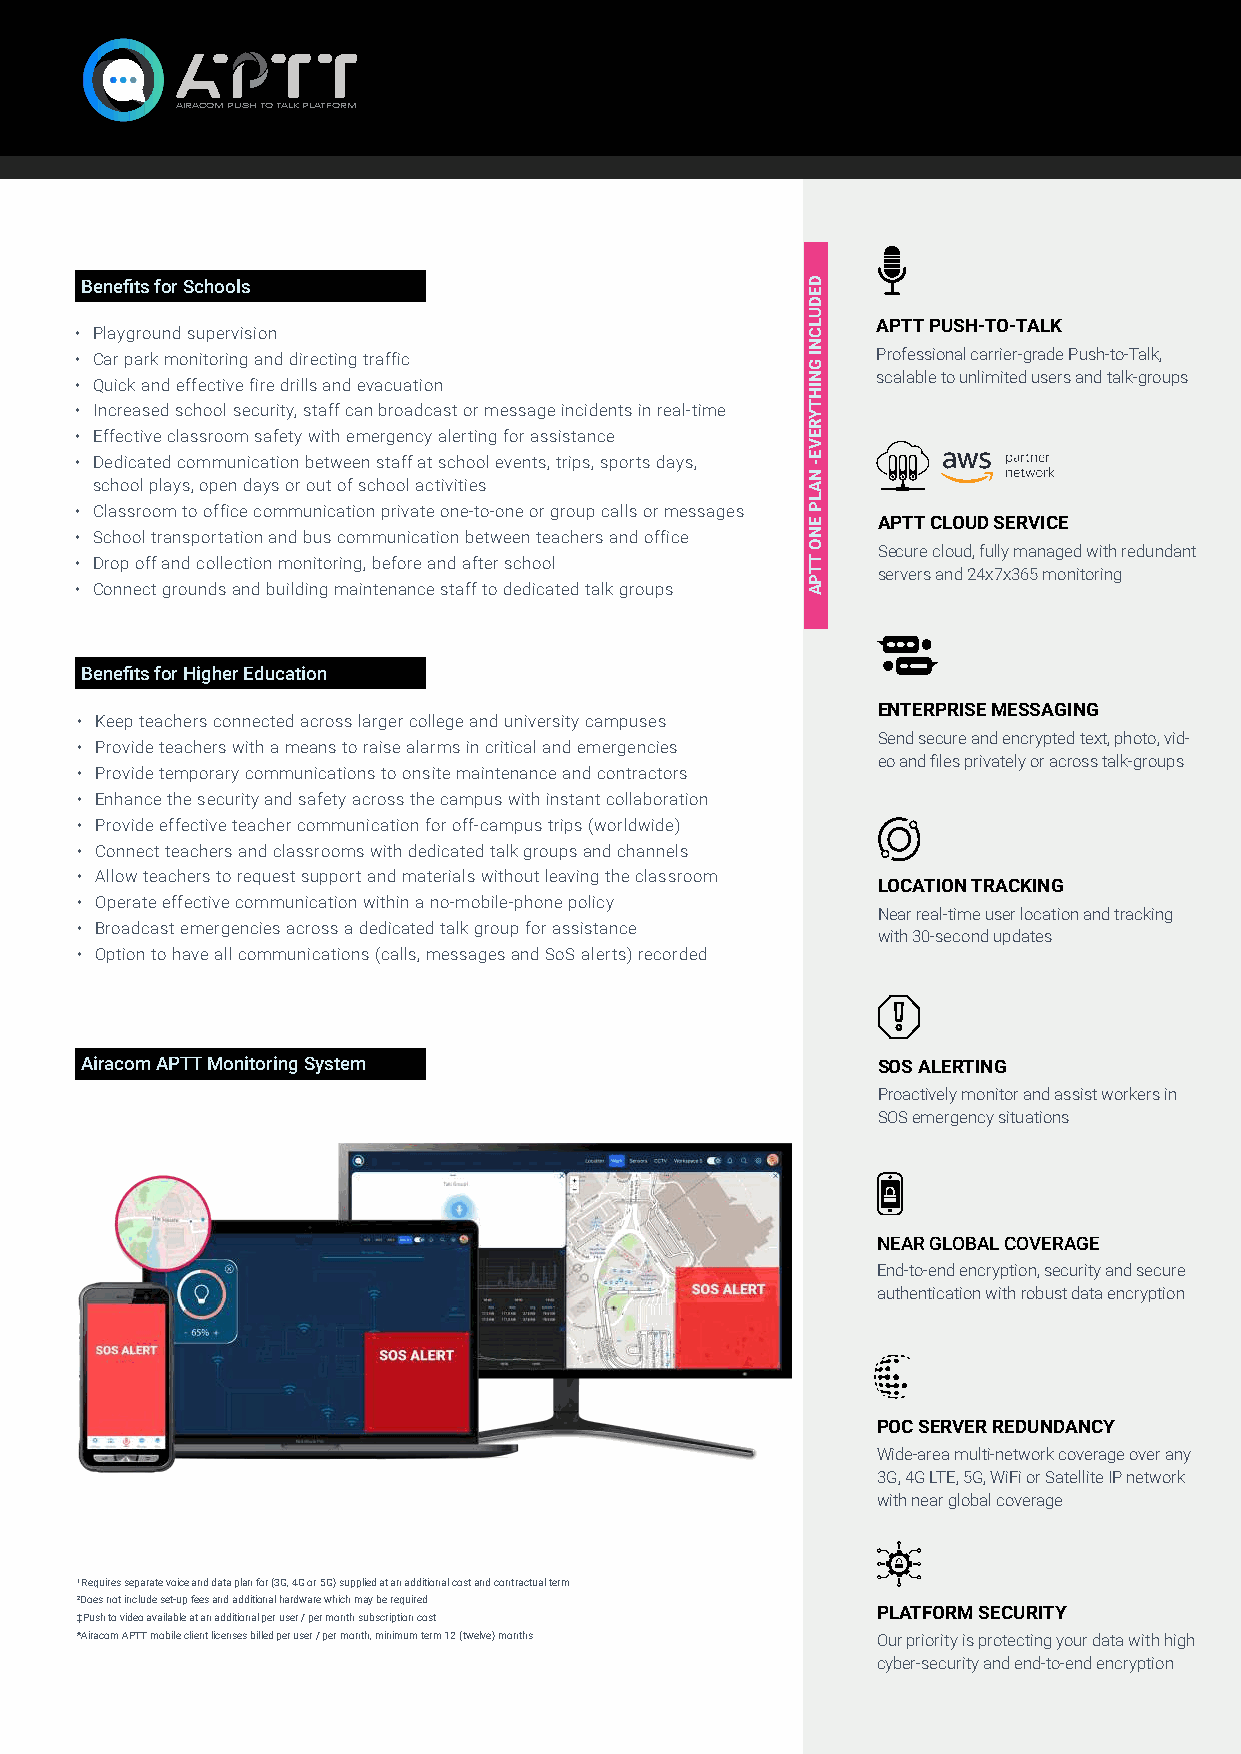
AIRACOM PUSH TO TALK PLATFORM
 Benefits for Schools
 APTT PUSH-TO-TALK
 • Playground supervision
 • Car park monitoring and directing traffic          Professional carrier-grade Push-to-Talk,
 scalable to unlimited users and talk-groups
 • Quick and effective fire drills and evacuation
 • Increased school security, staff can broadcast or message incidents in real-time
 • Effective classroom safety with emergency alerting for assistance
 • Dedicated communication between staff at school events, trips, sports days,
 school plays, open days or out of school activities
 • Classroom to office communication private one-to-one or group calls or messages
 APTT CLOUD SERVICE
 • School transportation and bus communication between teachers and office
 Secure cloud, fully managed with redundant
 • Drop off and collection monitoring, before and after school
 servers and 24x7x365 monitoring
 • Connect grounds and building maintenance staff to dedicated talk groups
 Benefits for Higher Education
 ENTERPRISE MESSAGING
 • Keep teachers connected across larger college and university campuses
 Send secure and encrypted text, photo, vid-
 • Provide teachers with a means to raise alarms in critical and emergencies
 eo and files privately or across talk-groups
 • Provide temporary communications to onsite maintenance and contractors
 • Enhance the security and safety across the campus with instant collaboration
 • Provide effective teacher communication for off-campus trips (worldwide)
 • Connect teachers and classrooms with dedicated talk groups and channels
 • Allow teachers to request support and materials without leaving the classroom
 LOCATION TRACKING
 • Operate effective communication within a no-mobile-phone policy
 Near real-time user location and tracking
 • Broadcast emergencies across a dedicated talk group for assistance
 with 30-second updates
 • Option to have all communications (calls, messages and SoS alerts) recorded
 Airacom APTT Monitoring System                       SOS ALERTING
 Proactively monitor and assist workers in
 SOS emergency situations
 NEAR GLOBAL COVERAGE
 End-to-end encryption, security and secure
 authentication with robust data encryption
 POC SERVER REDUNDANCY
 Wide-area multi-network coverage over any
 3G, 4G LTE, 5G, WiFi or Satellite IP network
 with near global coverage
 ¹Requires separate voice and data plan for (3G, 4G or 5G) supplied at an additional cost and contractual term
 ²Does not include set-up fees and additional hardware which may be required
 PLATFORM SECURITY
 ‡Push to video available at an additional per user / per month subscription cost
 *Airacom APTT mobile client licenses billed per user / per month, minimum term 12 (twelve) months Our priority is protecting your data with high
 cyber-security and end-to-end encryption
 DEDULCNI
 GNIHTYREVE-
 NALP
 ENO
 TTPA